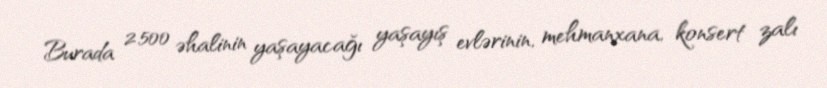
Burada 2.500 əhalinin yaşayacağı yaşayış evlərinin, mehmanxana, konsert zalı